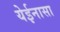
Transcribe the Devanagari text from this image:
येईनासा